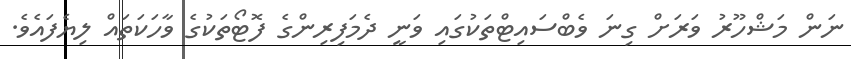
ނަން މަޝްހޫރު ވަަރަށް ގިނަ ވެބްސައިޓްތަކުގައި ވަނީ ދެމަފިރިންގެ ފޮޓޯތަކުގެ ވާހަކަތައް ލިޔެފައެވެ.